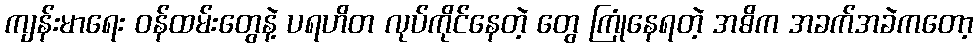
ကျန်းမာရေး ဝန်ထမ်းတွေနဲ့ ပရဟိတ လုပ်ကိုင်နေတဲ့ တွေ ကြုံနေရတဲ့ အဓိက အခက်အခဲကတော့